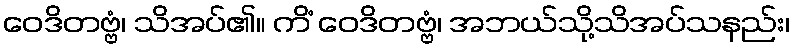
ဝေဒိတဗ္ဗံ၊ သိအပ်၏။ ကိံ ဝေဒိတဗ္ဗံ၊ အဘယ်သို့သိအပ်သနည်း၊